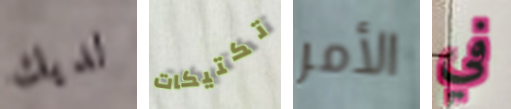
لديك تكتيكات الأمر في